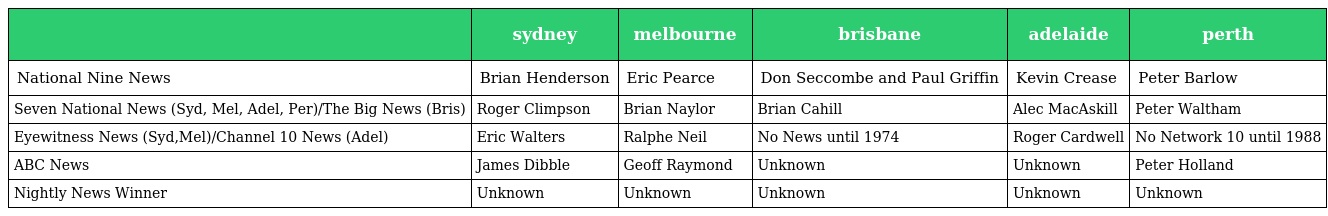
|  | sydney | melbourne | brisbane | adelaide | perth |
 | --- | --- | --- | --- | --- | --- |
 | National Nine News | Brian Henderson | Eric Pearce | Don Seccombe and Paul Griffin | Kevin Crease | Peter Barlow |
 | Seven National News (Syd, Mel, Adel, Per)/The Big News (Bris) | Roger Climpson | Brian Naylor | Brian Cahill | Alec MacAskill | Peter Waltham |
 | Eyewitness News (Syd,Mel)/Channel 10 News (Adel) | Eric Walters | Ralphe Neil | No News until 1974 | Roger Cardwell | No Network 10 until 1988 |
 | ABC News | James Dibble | Geoff Raymond | Unknown | Unknown | Peter Holland |
 | Nightly News Winner | Unknown | Unknown | Unknown | Unknown | Unknown |